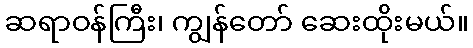
ဆရာဝန်ကြီး၊ ကျွန်တော် ဆေးထိုးမယ်။